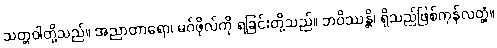
သတ္တဝါတို့သည်။ အညာတာရော၊ မဂ်ဖိုလ်ကို ရခြင်းတို့သည်။ ဘဝိဿန္တိ၊ ရှိသည်ဖြစ်ကုန်လတ္တံ့။